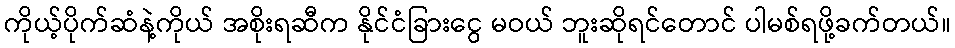
ကိုယ့်ပိုက်ဆံနဲ့ကိုယ် အစိုးရဆီက နိုင်ငံခြားငွေ မဝယ် ဘူးဆိုရင်တောင် ပါမစ်ရဖို့ခက်တယ်။